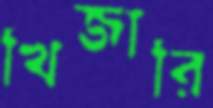
খিজারি